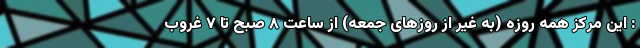
: این مرکز همه روزه (به غیر از روز‌های جمعه) از ساعت ۸ صبح تا ۷ غروب